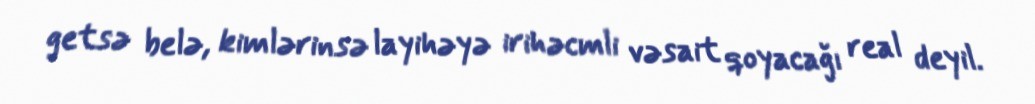
getsə belə, kimlərinsə layihəyə irihəcmli vəsait qoyacağı real deyil.